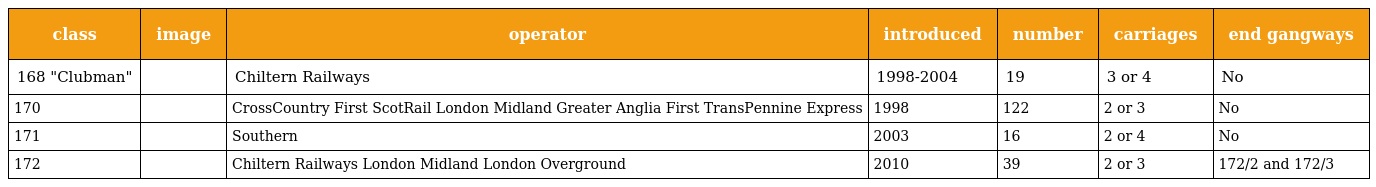
| class | image | operator | introduced | number | carriages | end gangways |
 | --- | --- | --- | --- | --- | --- | --- |
 | 168 "Clubman" |  | Chiltern Railways | 1998-2004 | 19 | 3 or 4 | No |
 | 170 |  | CrossCountry First ScotRail London Midland Greater Anglia First TransPennine Express | 1998 | 122 | 2 or 3 | No |
 | 171 |  | Southern | 2003 | 16 | 2 or 4 | No |
 | 172 |  | Chiltern Railways London Midland London Overground | 2010 | 39 | 2 or 3 | 172/2 and 172/3 |